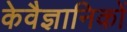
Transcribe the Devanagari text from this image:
केवैज्ञानिकों